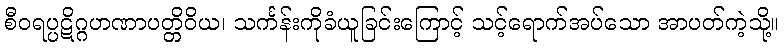
စီဝရပ္ပဋိဂ္ဂဟဏာပတ္တိဝိယ၊ သင်္ကန်းကိုခံယူခြင်းကြောင့် သင့်ရောက်အပ်သော အာပတ်ကဲ့သို့။